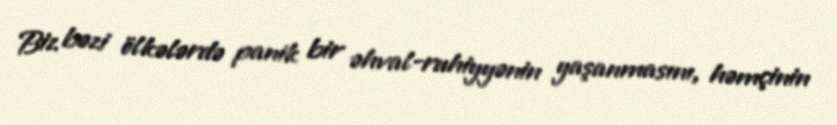
Biz bəzi ölkələrdə panik bir əhval-ruhiyyənin yaşanmasını, həmçinin